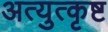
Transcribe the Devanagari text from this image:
अत्युत्‍कृष्ट